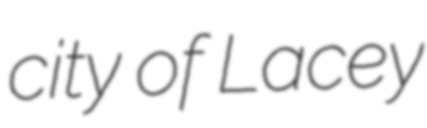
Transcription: city of Lacey